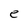
Character: e